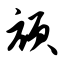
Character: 颃